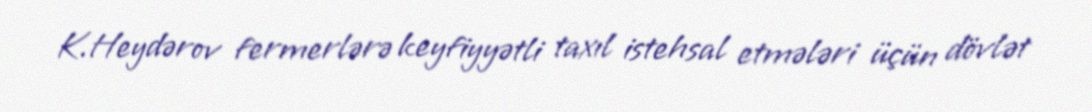
K.Heydərov fermerlərə keyfiyyətli taxıl istehsal etmələri üçün dövlət